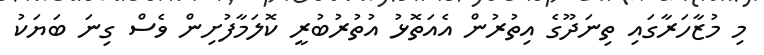
މި މުޒާހަރާގައި ތިނަދޫގެ އިތުރުން އެއަތޮޅު އުތުރުބުރީ ކޮލަމާފުށިން ވެސް ގިނަ ބަޔަކު